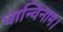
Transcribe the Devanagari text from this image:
धान्विनाम।